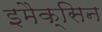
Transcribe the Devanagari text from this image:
इमैक्सिन